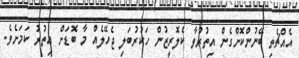
އެއްޗެތި ބޭނުންކޮށްގެން އިތުރުވާ ކެލޮރީޒުން ހަކުރުބަލި ޖެހޭލެއް މާ ބޮޑަށް އިތުރު ކަމަށެވެ.